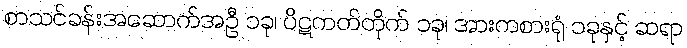
စာသင်ခန်းအဆောက်အဦ ၁ခု၊ ပိဋကတ်တိုက် ၁ခု၊ အားကစားရုံ ၁ခုနှင့် ဆရာ